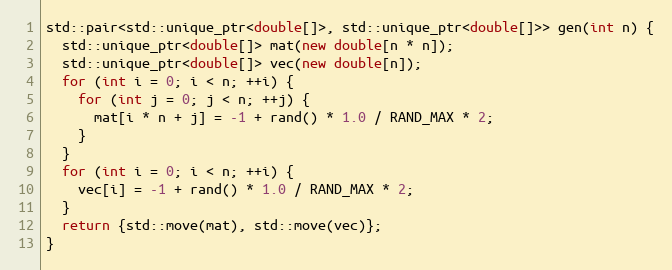
Language: C++
std::pair<std::unique_ptr<double[]>, std::unique_ptr<double[]>> gen(int n) {
  std::unique_ptr<double[]> mat(new double[n * n]);
  std::unique_ptr<double[]> vec(new double[n]);
  for (int i = 0; i < n; ++i) {
    for (int j = 0; j < n; ++j) {
      mat[i * n + j] = -1 + rand() * 1.0 / RAND_MAX * 2;
    }
  }
  for (int i = 0; i < n; ++i) {
    vec[i] = -1 + rand() * 1.0 / RAND_MAX * 2;
  }
  return {std::move(mat), std::move(vec)};
}